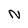
Character: N